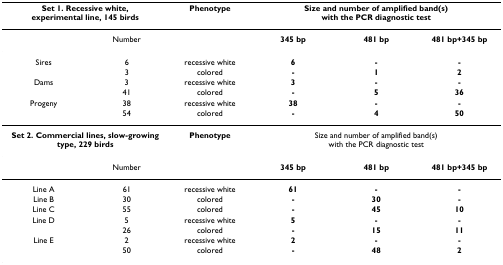
| <COLSPAN=2> Set 1. Recessive white, experimental line, 145 birds | Phenotype | <COLSPAN=3> Size and number of amplified band(s) with the PCR diagnostic test |
 | --- | --- | --- | --- | --- | --- |
 |  | Number |  | 345 bp | 481 bp | 481 bp+345 bp |
 | Sires | 6 | recessive white | 6 | - | - |
 |  | 3 | colored | - | 1 | 2 |
 | Dams | 3 | recessive white | 3 | - | - |
 |  | 41 | colored | - | 5 | 36 |
 | Progeny | 38 | recessive white | 38 | - | - |
 |  | 54 | colored | - | 4 | 50 |
 | <COLSPAN=2> Set 2. Commercial lines, slow-growing type, 229 birds | Phenotype | <COLSPAN=3> Size and number of amplified band(s) with the PCR diagnostic test |
 |  | Number |  | 345 bp | 481 bp | 481 bp+345 bp |
 | Line A | 61 | recessive white | 61 | - | - |
 | Line B | 30 | colored | - | 30 | - |
 | Line C | 55 | colored | - | 45 | 10 |
 | Line D | 5 | recessive white | 5 | - | - |
 |  | 26 | colored | - | 15 | 11 |
 | Line E | 2 | recessive white | 2 | - | - |
 |  | 50 | colored | - | 48 | 2 |